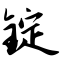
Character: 锭